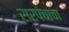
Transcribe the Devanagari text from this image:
सरपंचाचा